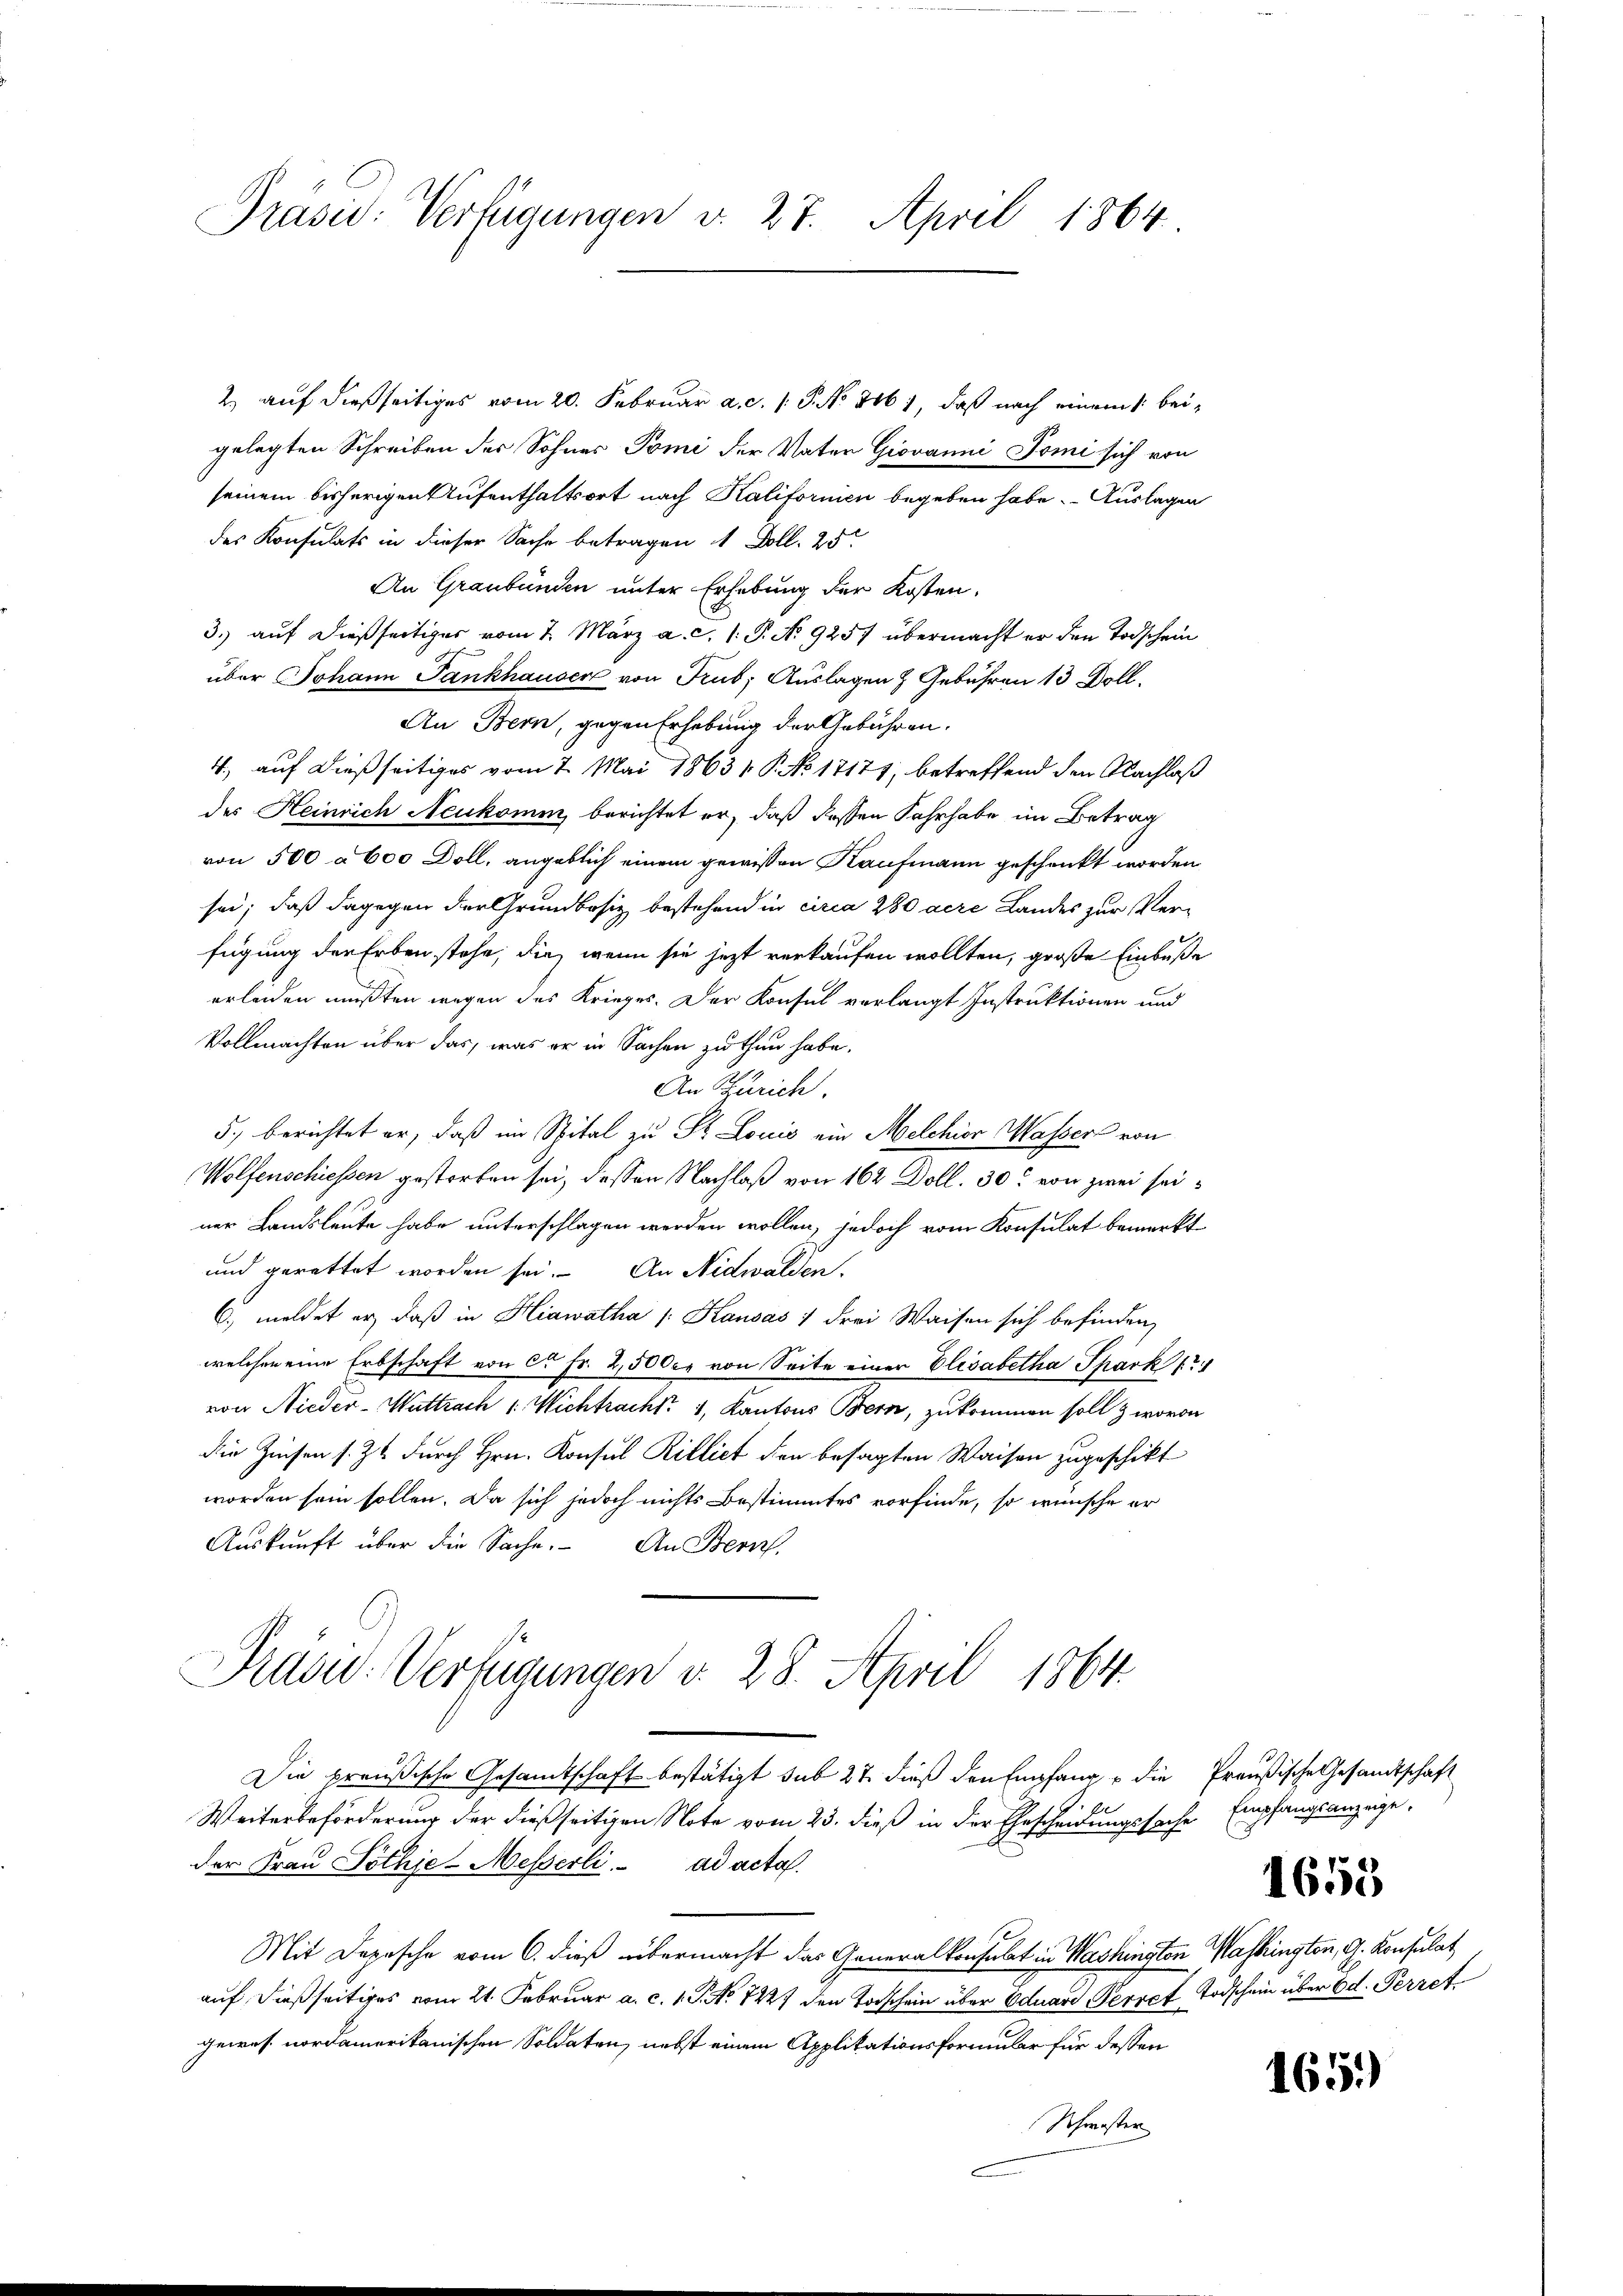
Präsid. Verfügungen v. 27. April 1864

2) auf dießseitiges vom 20. Februar a.c. s. S. No. 2061, daß nach einem beigelegten Schreiben des Sohnes Tomi der Vater Giovanni Tomi sich von
seinem bisherigen Aufenthaltsort nach Kalifornien begeben habe. - Auslagen
des Konsulats in dieser Sache betragen 1 Doll. 25
An Graubünden unter Erhebung der Kosten.
3. auf dießseitiger vom 7. März a. c. 1. P. No 9257 übermacht er den Todschein
über Johann Fankhauser von Trub; Auslagen & Gebühren 13 Doll.
An Bern, gegen Erhebung der Gebühren.
4., auf dießseitiges vom 7. Mai 18631. P. No 17171, betreffend den Nachlaß
des Heinrich Neukomm berichtet er, daß dessen Fahrhabe im Betrag
von 500 a 600 Doll, angeblich einem gewissen Kaufmann geschenkt worden
sei; daß dagegen der Grundbesiz bestehend in circa 280 aere Landes zur Verfügung der Erben stehe, die, wenn sie jetzt verkaufen wollten, große Einbuße
erleiden mußten wegen des Krieges. Der Konsul verlangt Instruktionen und
Vollmachten über das, was er in Sachen zu thun habe.
An Zürich.
5.) berichtet er, daß im Spital zu St. Louis ein Melchior Wassers von
Wolfenschiessen gestorben sei, dessen Nachlaß von 162 Doll. 30. von zwei seiner Landsleute habe unterschlagen werden wollen, jedoch vom Konsulat bemerkt
und gerattet worden sei. An Nidwalden.
6.) meldet er, daß in Hiawatha /: Hausas ) drei Waisen sich befinden,
welchen eine Erbschaft von ca Fr. 2,5000. von Seite einer Elisabetha Thackt
von Nieder-Wattrach 1 Wichtracht. 1, Kantons Bern, zukommen soll & wovon
die Zinsen s. Zt. durch Hrn. Konsul Rilliet den besagten Waisen zugeschikt
worden sein sollen. Da sich jedoch nichts Bestimmtes vorfinde, so wünsche er
Aŭskŭnft über die Sache. An Bern,
Präsid. Verfügungen v. 28. April 1864.
Die preußische Gesamtschaft bestätigt sub 27 dieß den Empfang, u die Preußische Gesandtschaft
2
Weiterbeförderung der dießseitigen Note vom 23. dieß in der Ehescheidungssache Empfangsanzeige,
der Frau Pöthje-Messerli ad acta.
Mit Depesche vom 6. dieß übermacht das Generalkonsulat in Washington Washington, G. Konsulat
auf dießseitiges vom 21. Februar a. c. 1. P. No 7227 den Torschein über Eduard Perret Todschein über od. Perret
gewes nordameritanischen Soldaten, nebst einem Applikationsformular für dessen
Schwister

1655

165)